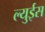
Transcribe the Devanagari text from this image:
ल्युईस